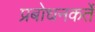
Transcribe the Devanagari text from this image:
प्रबोधनकर्ते